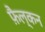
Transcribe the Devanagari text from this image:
फ़ैल्कन